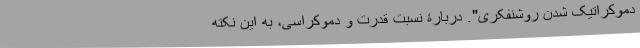
دموکراتیک شدن روشنفکری". دربارۀ نسبت قدرت و دموکراسی، به این نکته